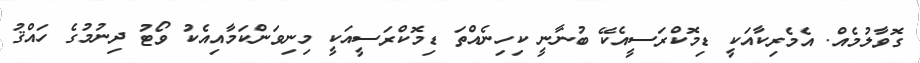
ގޮވާލުމެއް. އެމެރިކާއަކީ ޑިމޮކްރަސީއެކޭ ބުނާނީ ކިހިނެއްތަ ޑިމޮކްރަސީއަކީ މިނިވަންކަމާއިިއެކު ވޯޓު ދިނުމުގެ ހައްޤު